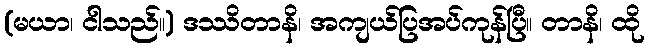
(မယာ၊ ငါသည်။) ဒဿိတာနိ၊ အကျယ်ပြအပ်ကုန်ပြီ။ တာနိ၊ ထို